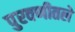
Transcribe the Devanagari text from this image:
पुरवणीतले